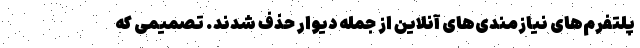
پلتفرم‌های نیازمندی‌های آنلاین از جمله دیوار حذف شدند. تصمیمی که